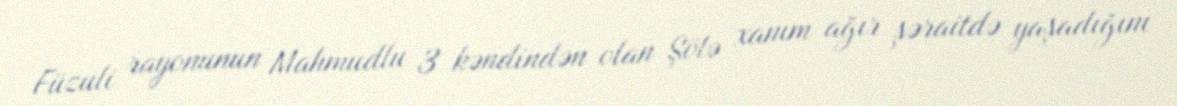
Füzuli rayonunun Mahmudlu 3 kəndindən olan Şölə xanım ağır şəraitdə yaşadığını